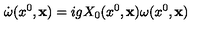
\dot { \omega } ( x ^ { 0 } , { \bf x } ) = i g X _ { 0 } ( x ^ { 0 } , { \bf x } ) \omega ( x ^ { 0 } , { \bf x } )